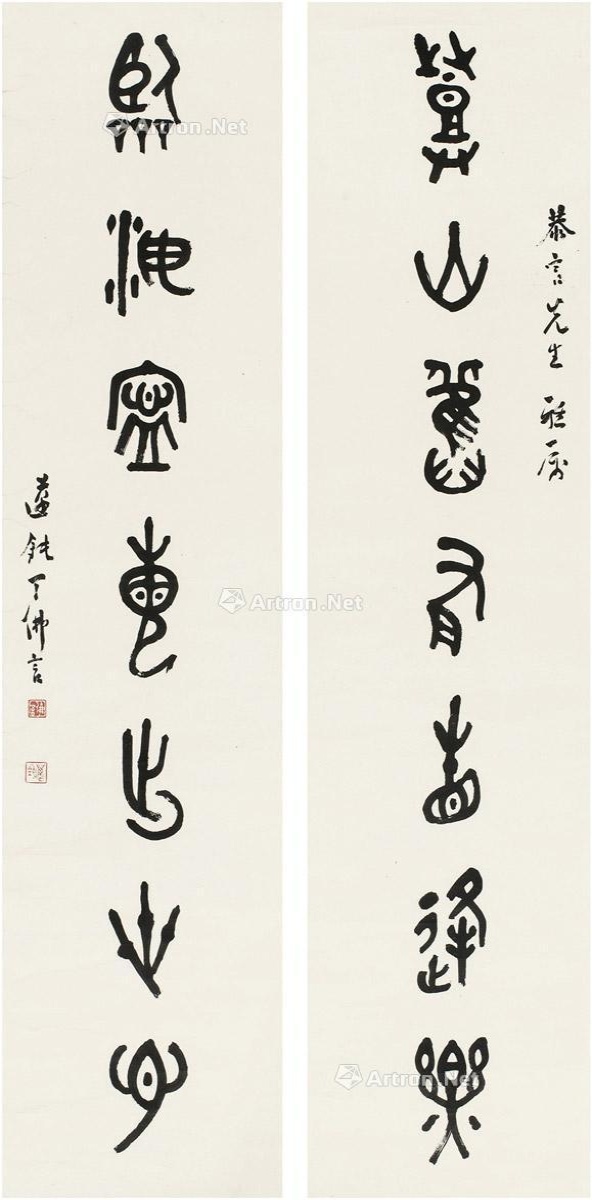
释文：登山旧有相逢乐，临海宁毋出世心。恭言先生雅属，迈钝丁佛言。